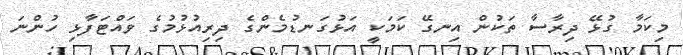
މިކަމާ ގުޅޭ ދިރާސާ ތަކުން އިނގޭ ކަމަކީ އަޅުގަނޑުމެންގެ ދިރިއުޅުމުގެ ވައްޓަފާޅި ހުންނަ